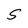
Character: S